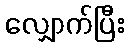
လျှောက်ပြီး